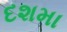
દશમા